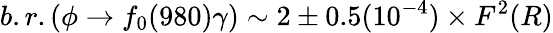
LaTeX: b.r.(\phi\to f_{0}(980)\gamma)\sim 2\pm 0.5(10^{-4})\times F^{2}(R)